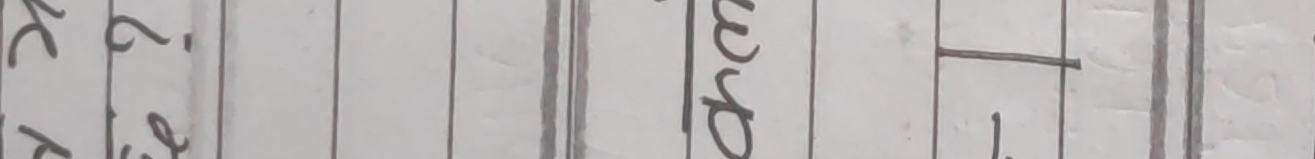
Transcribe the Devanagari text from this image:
१ अम
२